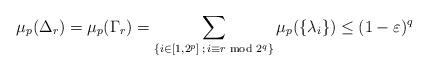
LaTeX: \begin{align*}\mu _{p}(\Delta _{r})=\mu _{p}(\Gamma _{r})=\sum_{\{i\in[1,2^{p}]\,;\,i\equiv r\!\!\!\!\mod 2^{q}\}}\mu _{p}(\{\lambda _{i}\})\le(1-\varepsilon )^{q}\end{align*}